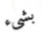
بشىء